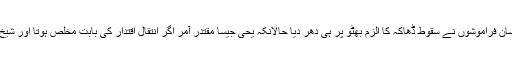
بجائے اسکے کہ بدماشیہ تا عمر بھٹو کے پاوں دھو دھو کر پیتی الٹا احسان فراموشوں نے سقوطِ ڈھاکہ کا الزم بھٹو پر ہی دھر دیا حالانکہ یحیٰ جیسا مقتدر آمر اگر انتقالِ اقتدار کی بابت مُخلص ہوتا اور شیخ مجیب الرحمٰن کو اقتدار سونپ دیتا تو بھٹو صاحب کیا کر سکتے تھے؟